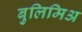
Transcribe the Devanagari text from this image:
बुलिमिअ